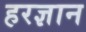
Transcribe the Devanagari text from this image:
हरज्ञान